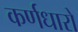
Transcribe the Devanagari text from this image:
कर्णधारो